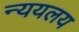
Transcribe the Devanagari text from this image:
न्ययलय